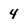
Character: 4